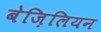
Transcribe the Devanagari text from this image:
बेज़िलियन